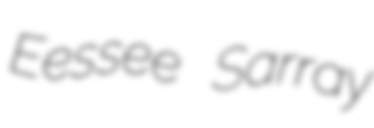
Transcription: Eessee Sarray